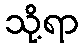
သို့ရာ